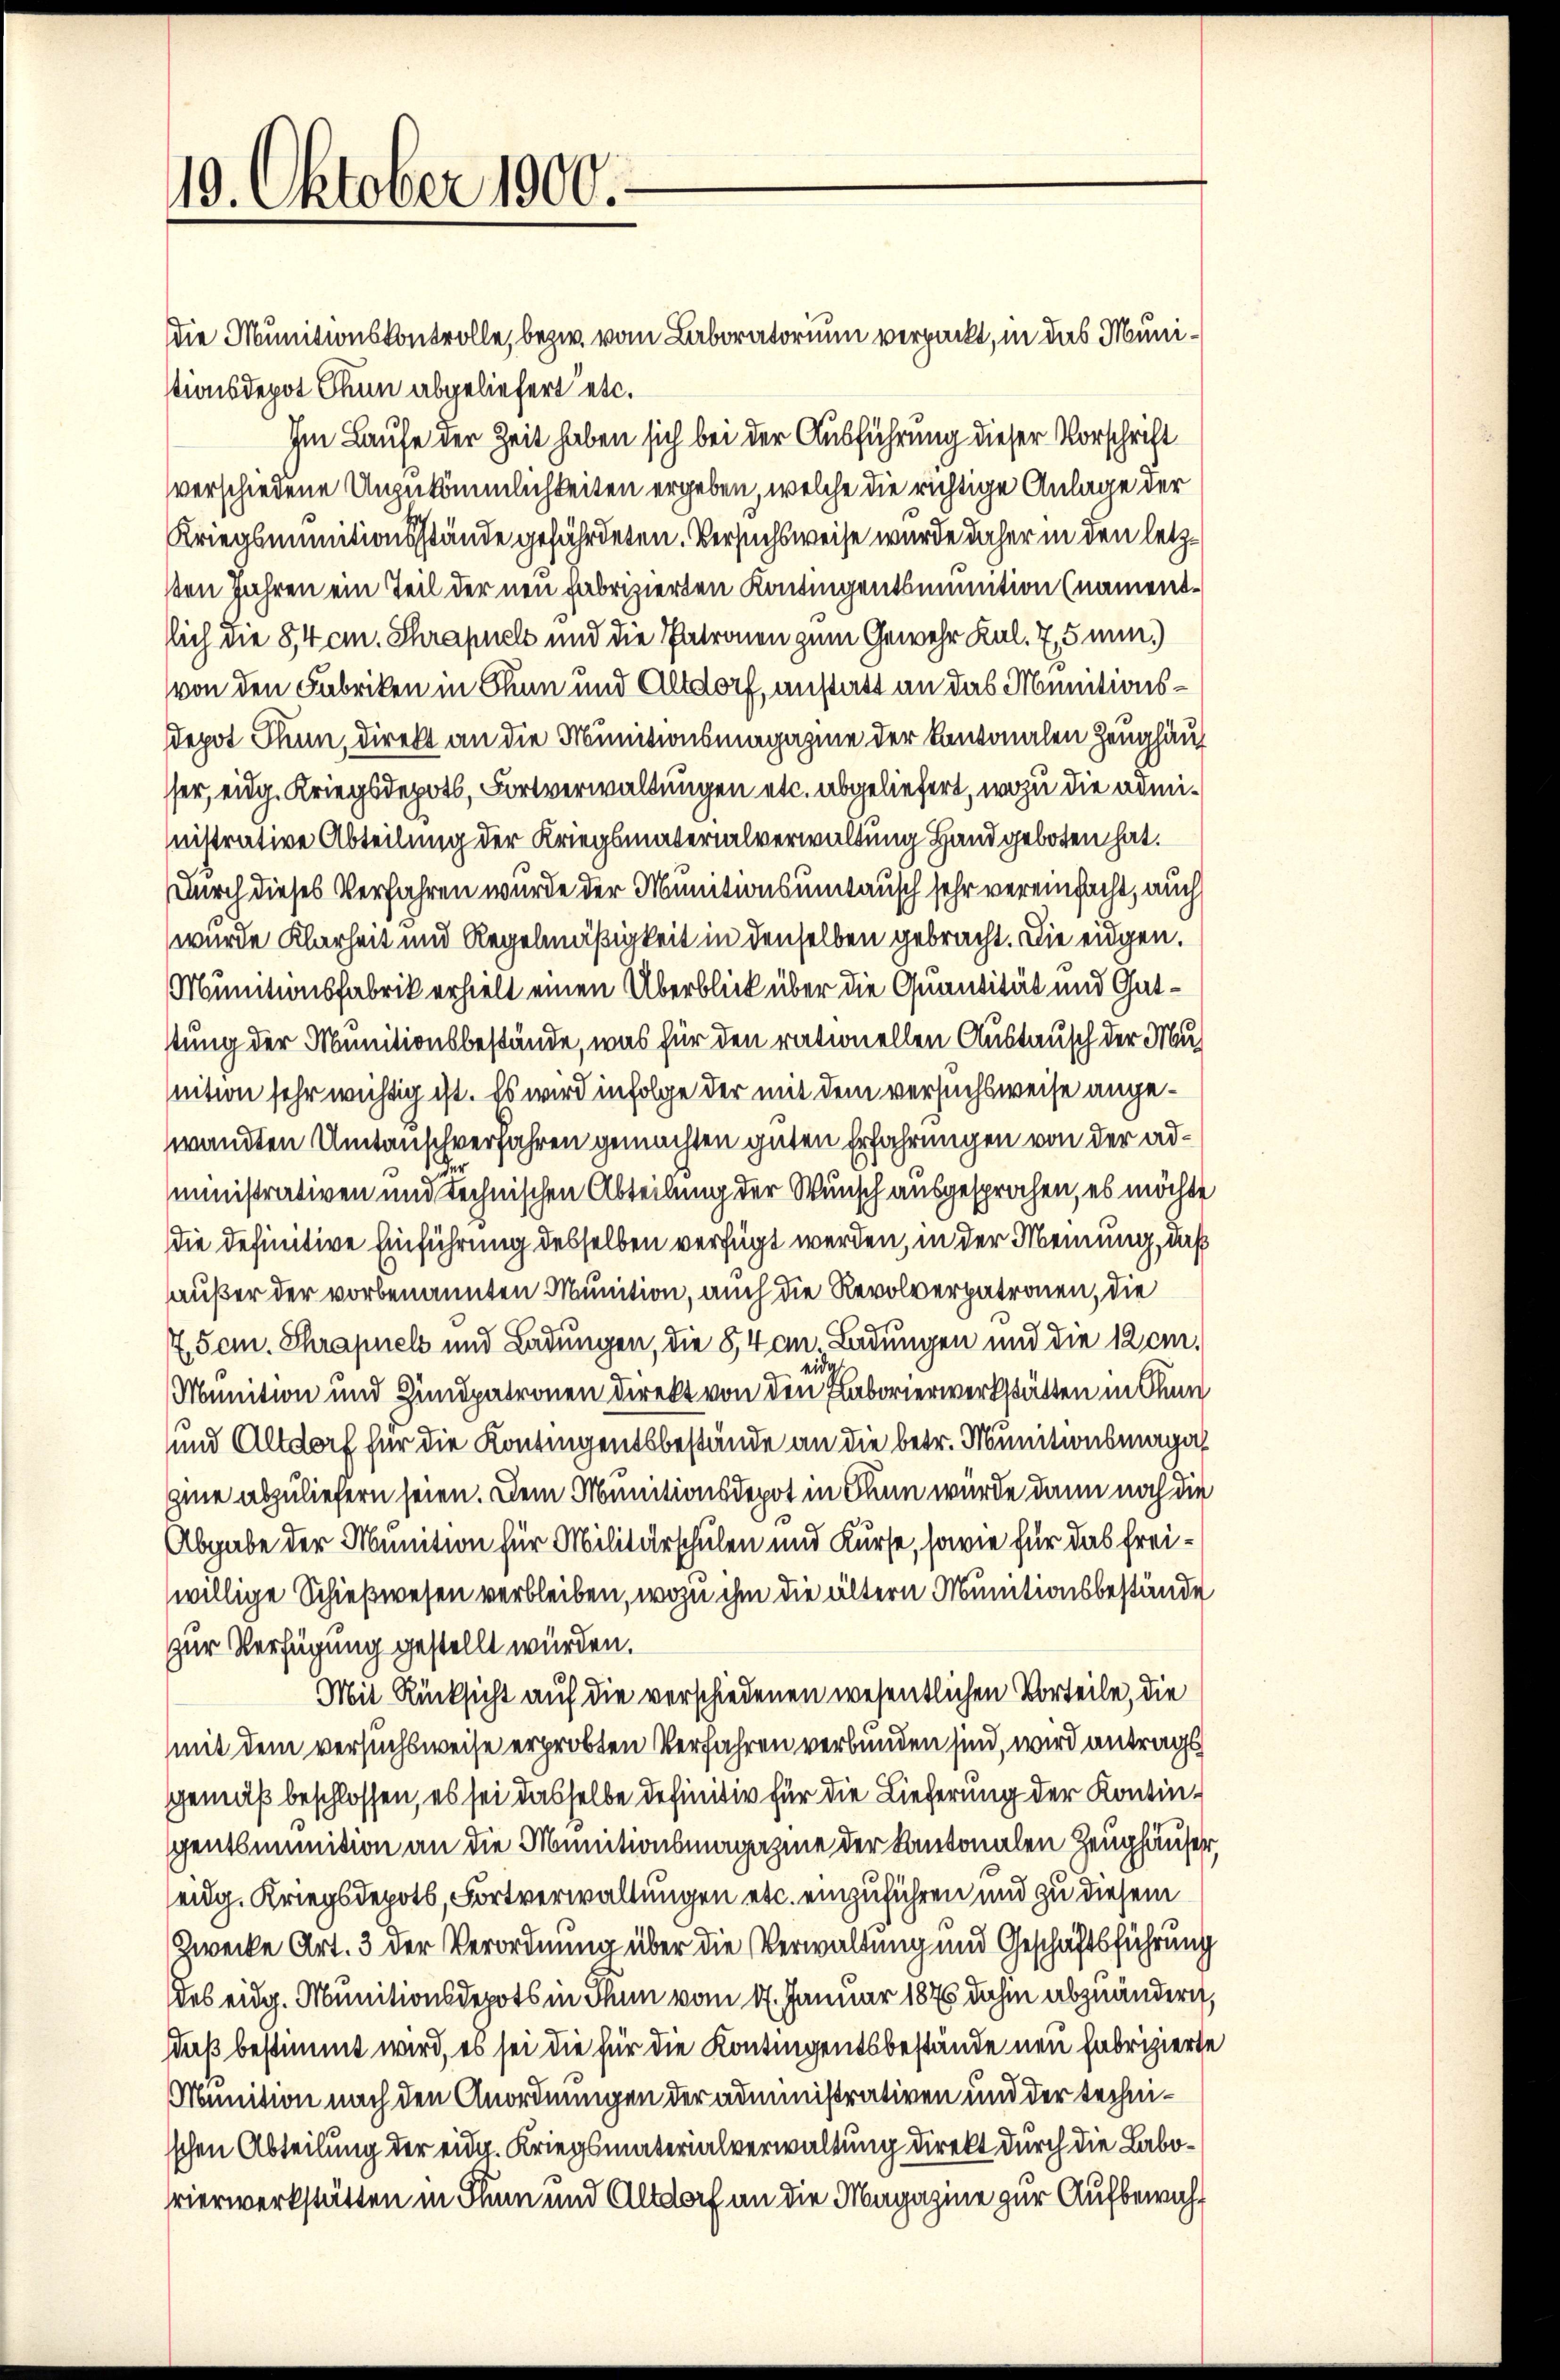
19. Oktober 1900.

die Munitionskontrolle, bezw. vom Laboratorium verpackt, in das Munistionsdepot Thun abgeliefert etc.
Im Laufe der Zeit haben sich bei der Ausführung dieser Vorschrift
verschiedene Unzukömmlichkeiten ergeben, welche die richtige Anlage der
Kriegsminitionsstände gefährdeten. Versuchsweise wurde daher in den letzsten Jahren ein Teil der neu Fabrizierten Kontingentsmumtion (namentslich die 84 cm. Schrapnels und die Patronen zum Gewehr Kal. 7,5 min.)
von den Fabriken in Thun und Altdorf, anstatt an das Munitionsdepot Thun, direkt an die Munitionsmagazine der Kantonalen Zeughäus
ser, eidg. Kriegsdepots, Fortverwaltungen etc. abgeliefert, wozu die noministrative Abteilung der Kriegsmaterialverwaltung Hand geboten hat.
durch dieses Verfahren wurde der Munitionsumtausch sehr vereinfacht, auch
wurde Klarheit und Regelmäßigkeit in denselben gebracht. Die eidgen.
Munitionsfabrik erhielt einen Überblick über die Quantität und Gatstung der Munitionsbestände, was für den rationellen Austausch der Mu¬
Inition sehr wichtig ist. Es wird in Folge der mit dem versuchsweise angewandten Umtauschverfahren gemachten guten Erfahrungen von der administrativen und technischen Abteilung der Wunsch ausgesprochen, es möchte
die definitive Einführung desselben verfügt werden, in der Meinung, daß
haußer der vorbenannten Munition, auch die Revolverpatronen, die
7. Sem. Schrapnels und Ladungen, die 8,4 cmn. Ladungen und die 12 em
id
Munition und Hindpatronen direkt von den Laborierwerkstätten in Chun
und Altdorf für die Kontingentsbestände an die betr. Munitionsmaga
gine abzuliefern seien. Dem Munitionsdepot in Thun würde dann noch die
Abgabe der Munition für Militärschulen und Kurse, sowie für das freiwillige Schießwesen verbleiben, wozu ihm die ältern Munitionsbestände
zur Verfügung gestellt wurden.
Mit Rücksicht auf die verschiedenen wesentlichen Vorteile, die
mit dem versuchsweise erprobten Verfahren verbunden sind, wird antragt
gemäß beschlossen, es sei dasselbe definitiv für die Lieferung der Kontingentsummition an die Munitionsmagazine der Kantonalen Zeughäuser,
eidg. Kriegsdepots, Fortverwaltungen etc. einzuführen und zu diesem
Zwecke Art. 3 der Verordnung über die Verwaltung und Geschäftsführung
des eidg. Munitionsdepots in Thun vom 17. Januar 1876 dahin abzuändern,
daß bestimmt wird, es sei die für die Kontingentsbestände neu fabrizierte
Minition nach den Anordnungen der administrativen und der technisschen Abteilung der eidg. Kriegsmaterialverwaltung direkt durch die Laborierwerkstätten in Thun und Altdorf an die Magazine zur Aufbewah¬